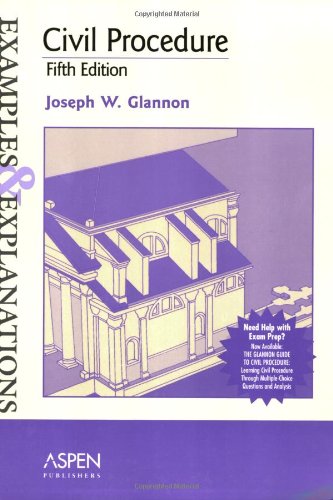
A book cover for Civil Procedure: Examples & Explanations 5th edition; Joseph W. Glannon; Law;